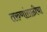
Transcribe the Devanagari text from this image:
तरुणांसाठीचा